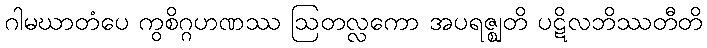
ဂါမဃာတံပေ ကွစိဂ္ဂဟဏဿ ဩတလ္လကော အပရဇ္ဈတိ ပဋိလဘိဿတီတိ